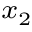
\scriptstyle x _ { 2 }